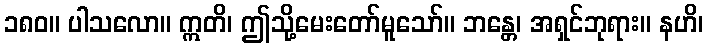
၁၈၀။ ပါသလော။ ဣတိ၊ ဤသို့မေးတော်မူသော်။ ဘန္တေ၊ အရှင်ဘုရား။ နဟိ၊